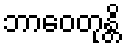
ဘာဝေတုန္တိ